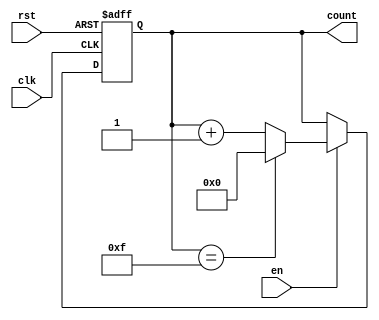
module multi_bit_counter #(
    parameter N = 4  // Define the bit width of the counter (default is 4 bits)
)(
    input wire clk,      // Clock input
    input wire rst,      // Asynchronous reset input
    input wire en,       // Enable input
    output reg [N-1:0] count // N-bit counter output
);

// Always block triggered on the rising edge of the clock
always @(posedge clk or posedge rst) begin
    if (rst) begin
        // If reset is asserted, set count to 0
        count <= 0;
    end else if (en) begin
        // If enabled, increment the counter
        if (count == (2**N - 1)) begin
            // If maximum value is reached, wrap around to 0
            count <= 0;
        end else begin
            // Otherwise, increment the counter
            count <= count + 1;
        end
    end
    // If not enabled, count retains its value
end

endmodule